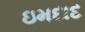
ઇમદાદ